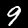
Digit: 9